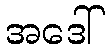
အဒေါ်